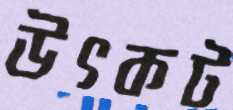
উৎকট